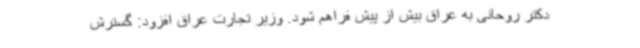
دکتر روحانی به عراق بیش از پیش فراهم شود. وزیر تجارت عراق افزود: گسترش